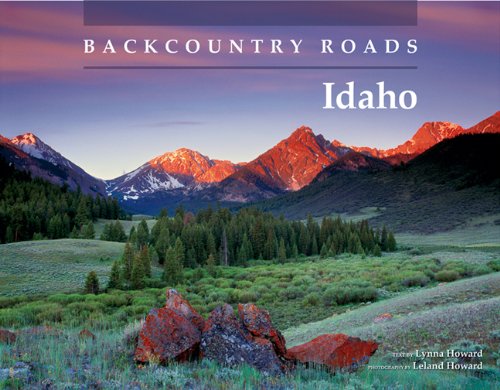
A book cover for Backcountry Roads: Idaho; Lynna Howard; Science & Math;